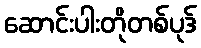
ဆောင်းပါးတိုတစ်ပုဒ်